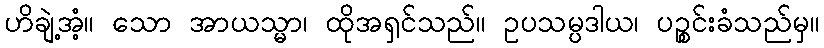
ဟိချဲ့အံ့။ သော အာယသ္မာ၊ ထိုအရှင်သည်။ ဥပသမ္ပဒါယ၊ ပဉ္စင်းခံသည်မှ။